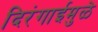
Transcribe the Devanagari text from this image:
दिरंगाईमुळे